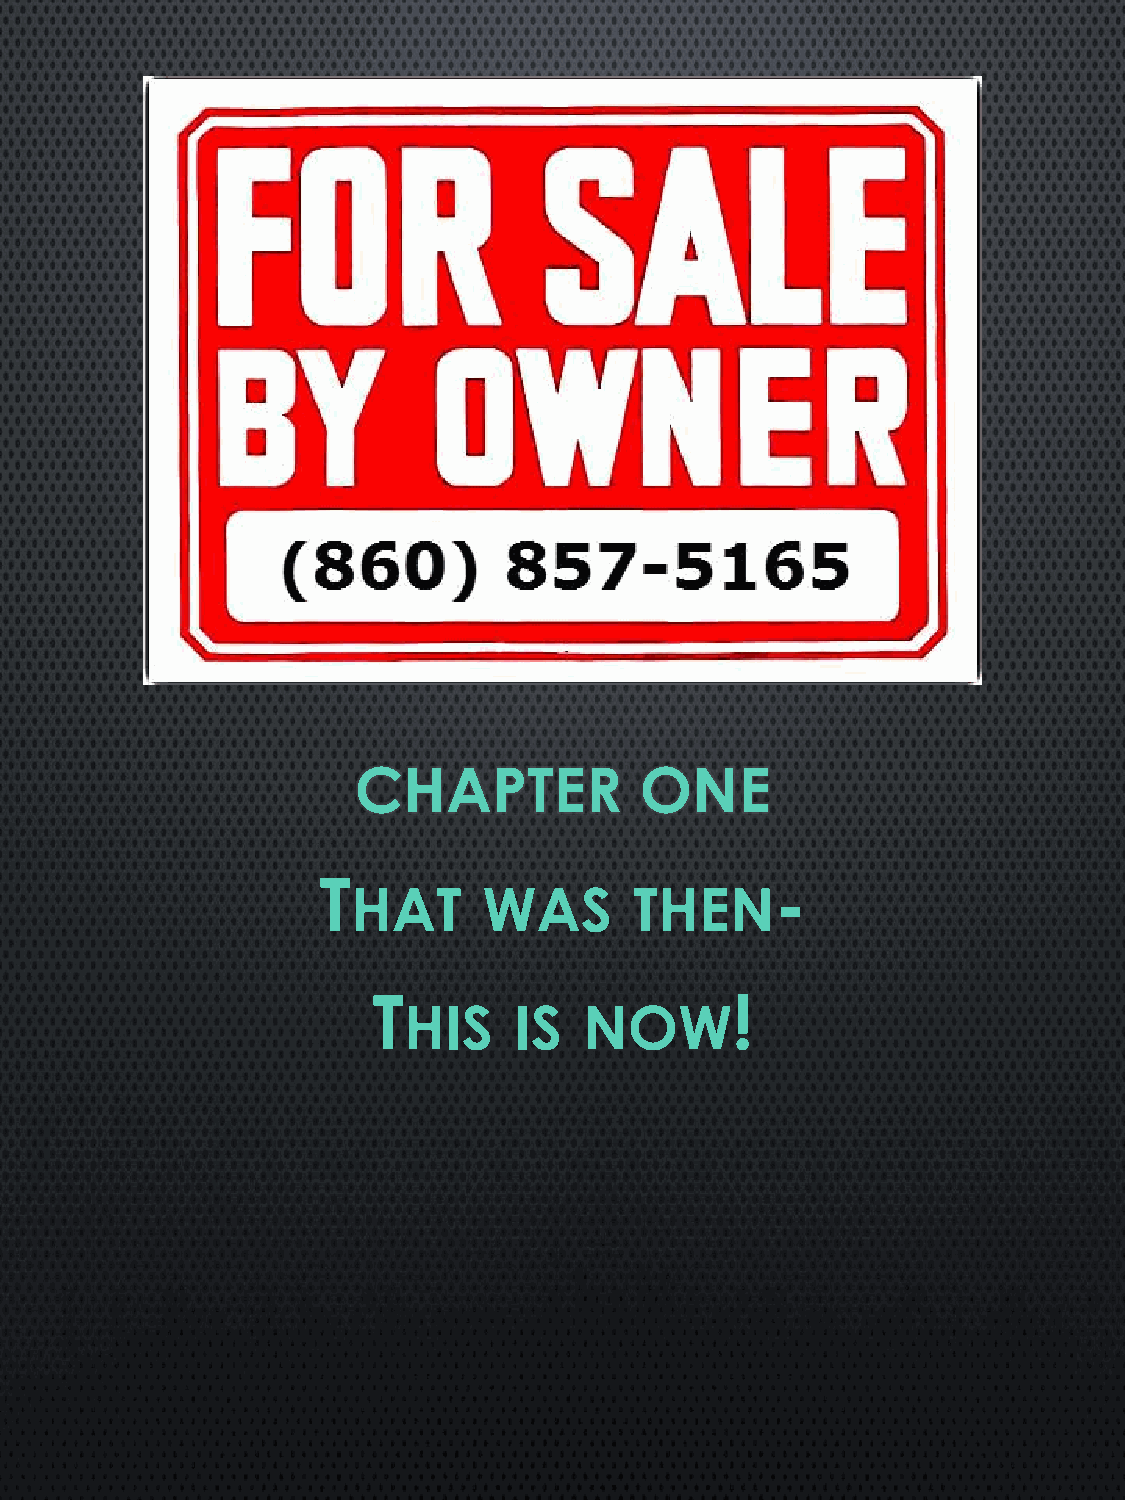
CHAPTER            ONE
 T                             -
 HAT      WAS       THEN
 T                      !
 HIS    IS   NOW